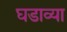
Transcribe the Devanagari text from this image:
घडाव्या